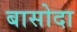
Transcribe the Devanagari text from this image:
बासोदा